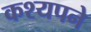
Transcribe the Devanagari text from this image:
कश्यपने